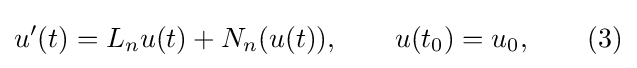
u'(t)=L_{n}u(t)+N_{n}(u(t)),\qquad u(t_{0})=u_{0},\qquad (3)